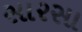
સારસા